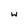
Character: w